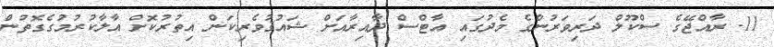
11. ރާއްޖޭގެ ސްކޫލް ދަރިވަރުންގެ މެދުގައި އާޓްސް ދާއިރާއަށް ޝައުޤުވެރިކަން އިތުރުކޮށް އާލާކުރުމުގެގޮތުން